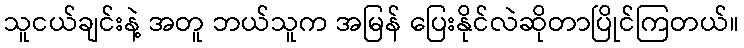
သူငယ်ချင်းနဲ့ အတူ ဘယ်သူက အမြန် ပြေးနိုင်လဲဆိုတာပြိုင်ကြတယ်။